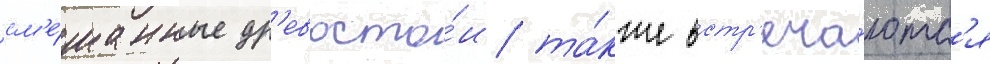
см'е́шанные др'евосто́и та́кже встр'еча́ютс'я